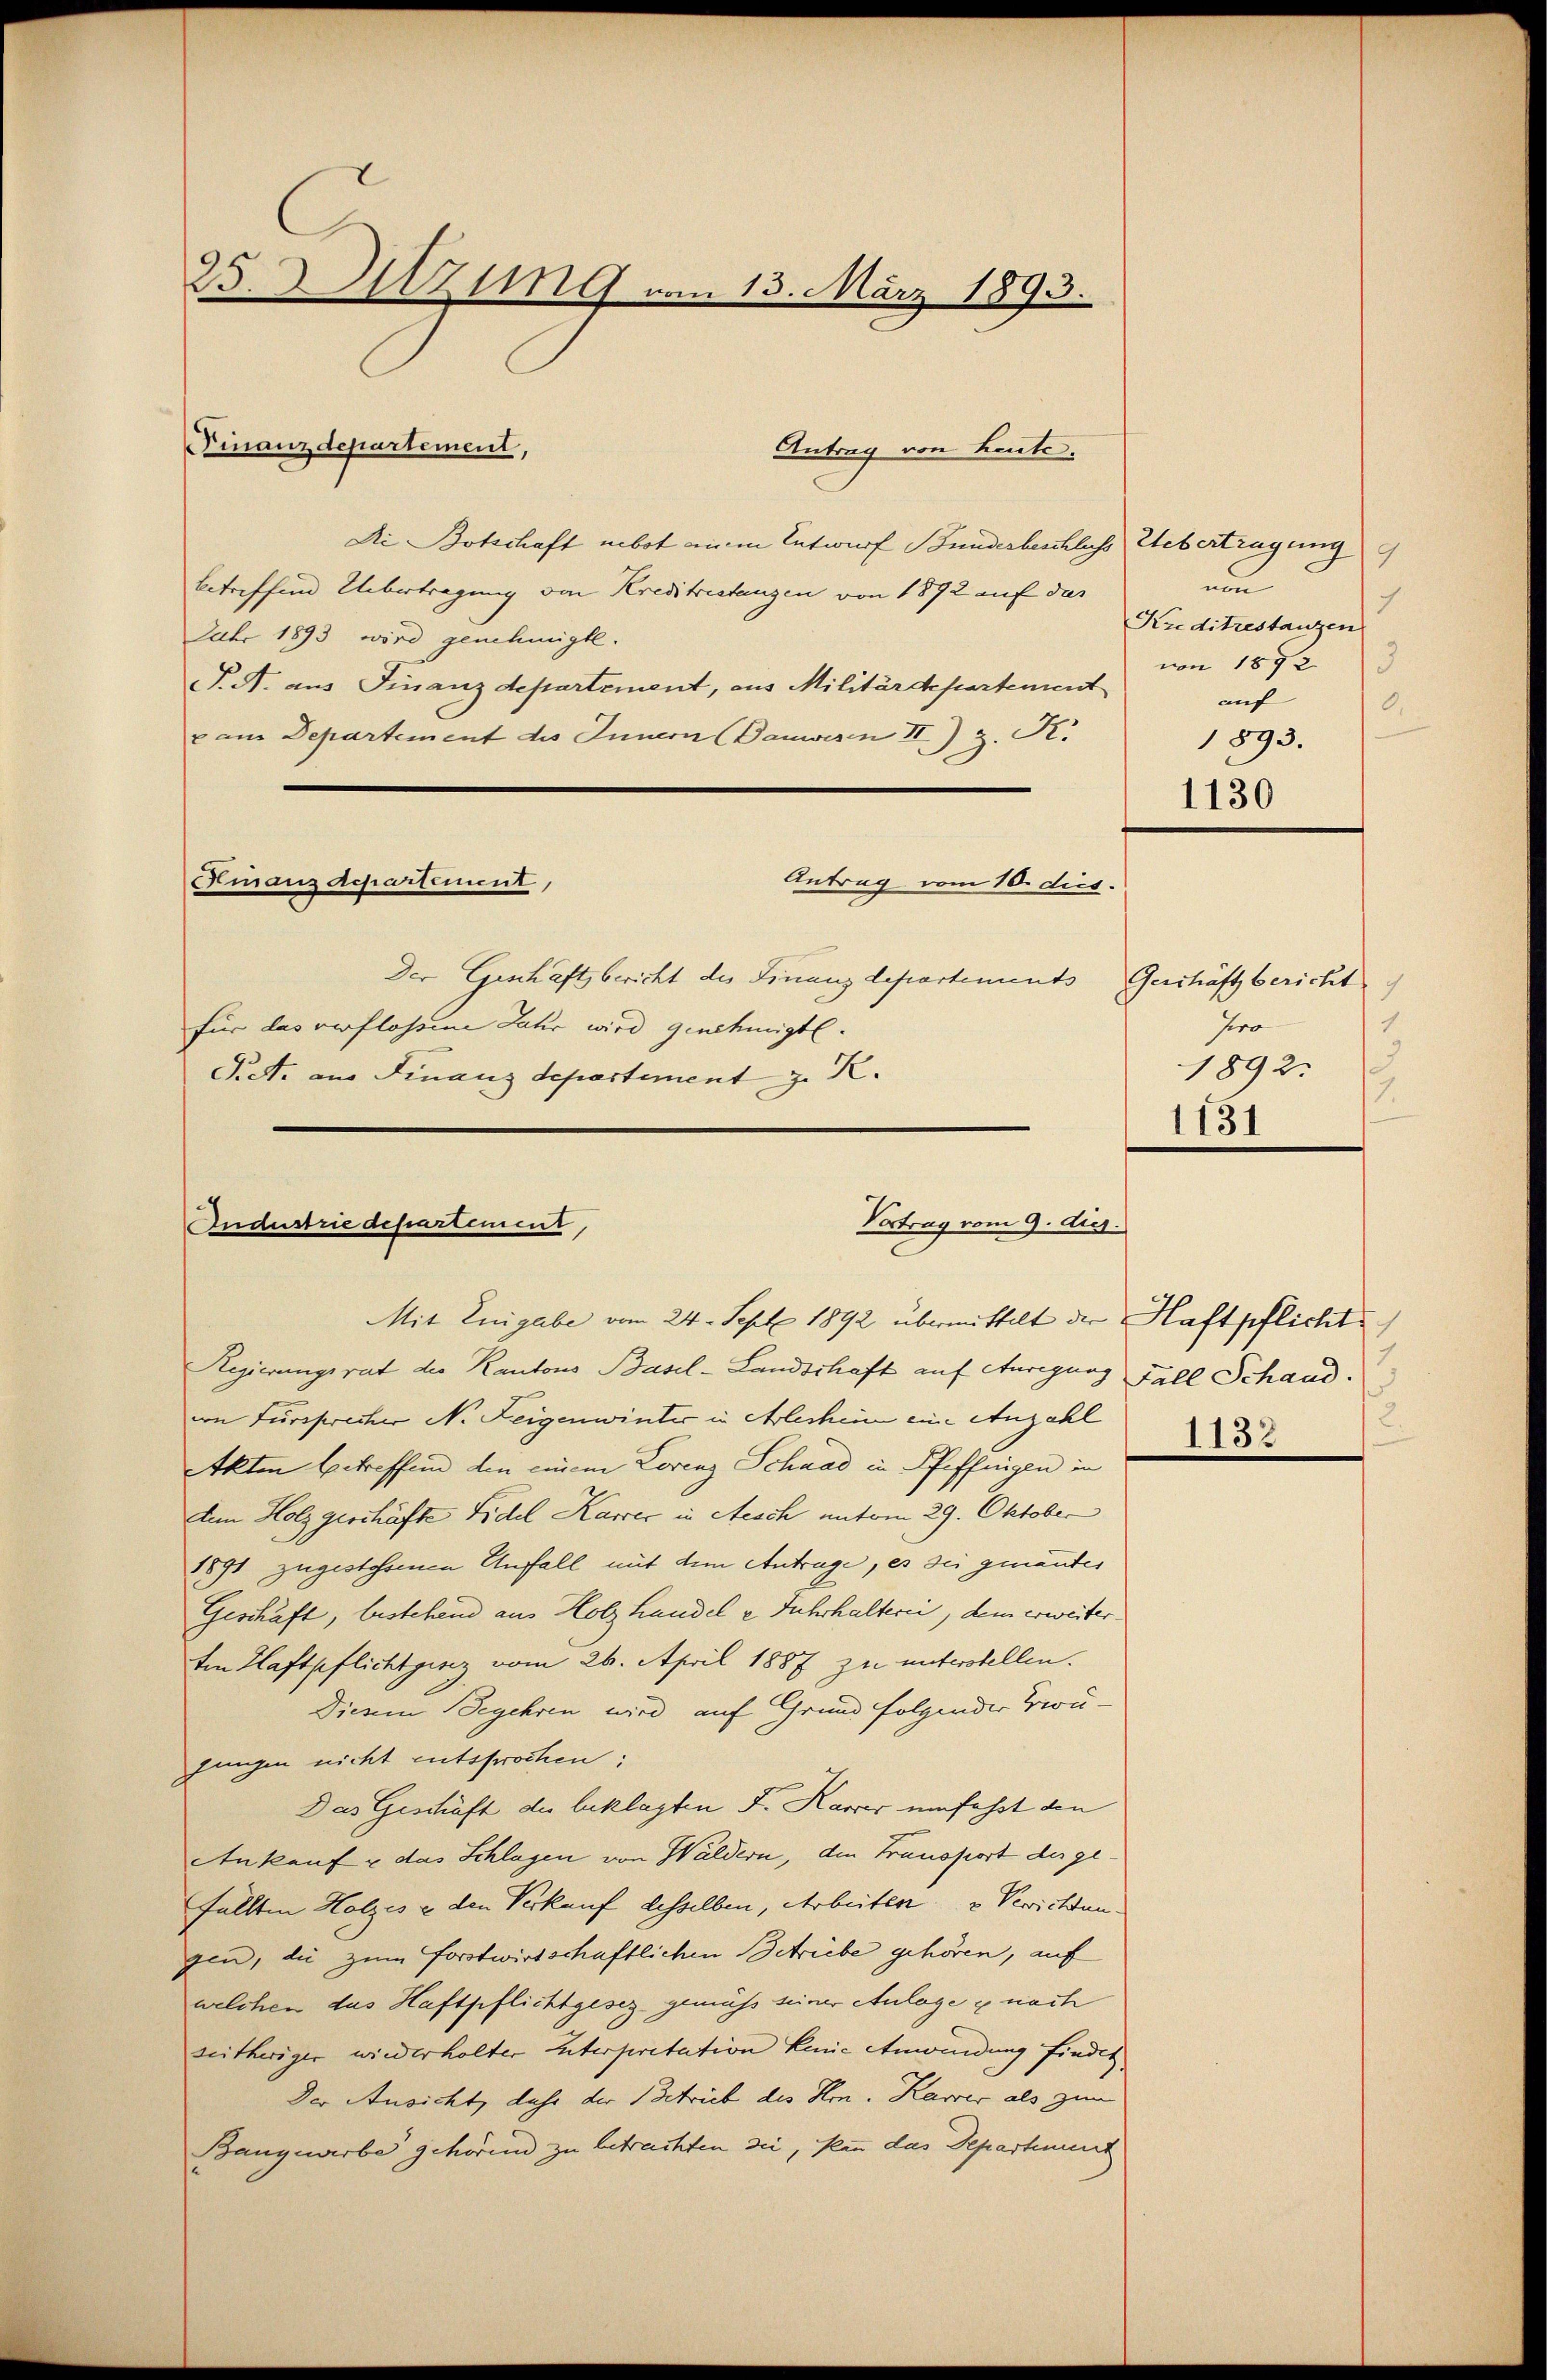
25. Sitzung vom 13. März 1893.

Antrag von Leute.
Di Botschaft gebot einen Entwurf Bundesbeschluss Uebertragung
betreffend Übertragung von Kreditestanzen von 1892 auf das
Jahr 1893 wird genehmigte.
P. A. aus Finanzdepartement, aus Militärdepartement
v am Departement des Innern (Danwesen II) z. R.
Finanz Repartement,
Antrag vom 10. dies.
Der Geschaftsbericht des Finanzdepartements Geschäft bericht
für das verflossene Jahr wird genehmigt.
Siet. aus Finanz Separtement z. K.

(Finanzdepartement,

Vortrag vom 9. ds.
Industrie departement,

Mit Enigabe vom 24. Sept 1892 übermittelt der Haftpflicht
Regierungsrat des Kantons Basel-Landschaft auf Anregung Fall Schaud.
von Fürsprecher N. Zeigenwinter in Arleshein eine Anzahl
Akten betreffend den einem Lorenz Schaad in Pfeffingen in
dem Holz geschäfte Fidel Karrec in Aesch unterm 29. Oktober
1891 zugestossenen Anfall mit dem Antrage, es sei genantes
Geschäft, bestehend aus Holzhandel e Fuhrhalterii, dem erweiter
ten Haftpflichtginz vom 26. April 1887 zu unterstellen.
Diesem Begehren wird auf Grund folgender Groujungen nicht entsprochen;
Das Geschäft der beklagten F. Kamer umfasst den
Ankauf das Splügen von Waldern, den Transport der ge
fällten Holzes & den Verkauf desselben, Arbeiten u Verrichten.
gen, die zum forstwirtschaftlichen Betriebe gehören, auf
welchen das Haftpflichtgesez gemäß seiner Anlage g nach
seitheriger wiederholter unterpretation keine Anwendung findet
Der Ansicht, dass der Betrieb des Hrn. Karrer als zum
Bangewerbe gehören zu betrachten sei, kann das Departement

nun
7
Kreditrestanzen
von 1872
auf
0.
1893.
1130

pro
1892.
1131

2.
1132